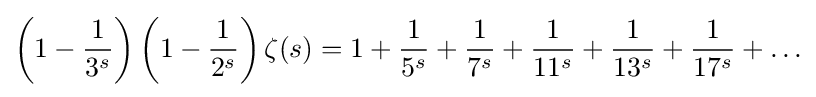
\left(1-{\frac {1}{3^{s}}}\right)\left(1-{\frac {1}{2^{s}}}\right)\zeta (s)=1+{\frac {1}{5^{s}}}+{\frac {1}{7^{s}}}+{\frac {1}{11^{s}}}+{\frac {1}{13^{s}}}+{\frac {1}{17^{s}}}+\ldots